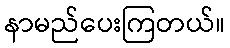
နာမည်ပေးကြတယ်။